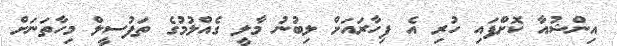
އިންޝުއާ ކޮށްފައި ހުރި އެ ފިހާރައަށް ލިބުނު މާލީ ގެއްލުމުގެ ތަފުސީލް މިހާތަނަށް